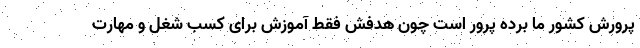
پرورش کشور ما برده پرور است چون هدفش فقط آموزش برای کسب شغل و مهارت